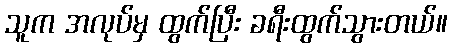
သူက အလုပ်မှ ထွက်ပြီး ခရီးထွက်သွားတယ်။